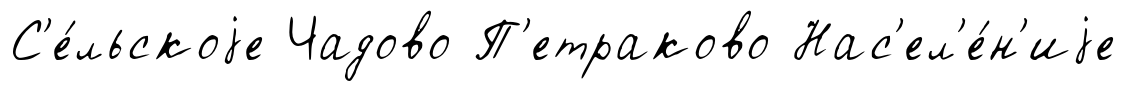
С'е́льскоjе Чадово П'етраково Нас'ел'е́н'иjе